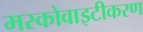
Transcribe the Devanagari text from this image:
मस्कोवाइटीकरण